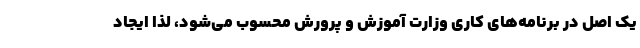
یک اصل در برنامه‌های کاری وزارت آموزش و پرورش محسوب می‌شود، لذا ایجاد